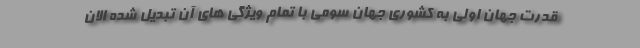
قدرت جهان اولی به کشوری جهان سومی با تمام ویژگی های آن تبدیل شده الان